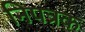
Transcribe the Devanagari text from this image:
निपत्रक